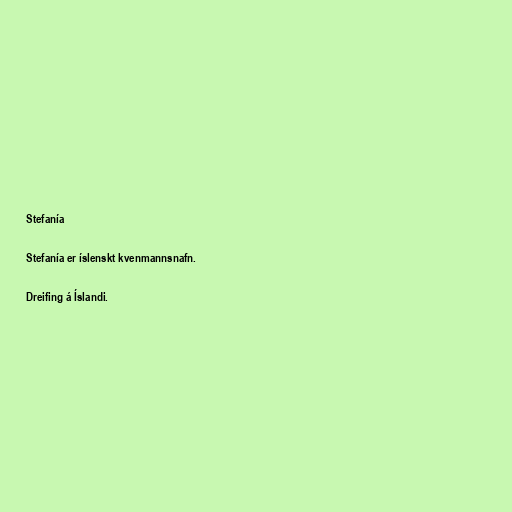
Stefanía

Stefanía er íslenskt kvenmannsnafn.

Dreifing á Íslandi.